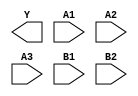
module sky130_fd_sc_hs__a32oi (
    Y ,
    A1,
    A2,
    A3,
    B1,
    B2
);

    output Y ;
    input  A1;
    input  A2;
    input  A3;
    input  B1;
    input  B2;

    // Voltage supply signals
    supply1 VPWR;
    supply0 VGND;

endmodule